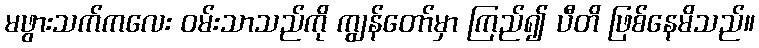
မဖွားသက်ကလေး ဝမ်းသာသည်ကို ကျွန်တော်မှာ ကြည်၍ ပီတိ ဖြစ်နေမိသည်။